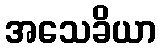
အသေခိယာ